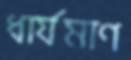
ধার্যমাণ